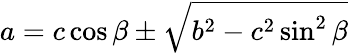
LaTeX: a=c\cos\beta\pm{\sqrt{b^{2}-c^{2}\sin^{2}\beta}}